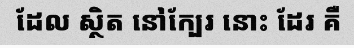
ដែល ស្ថិត នៅក្បែរ នោះ ដែរ គឺ